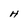
Character: H